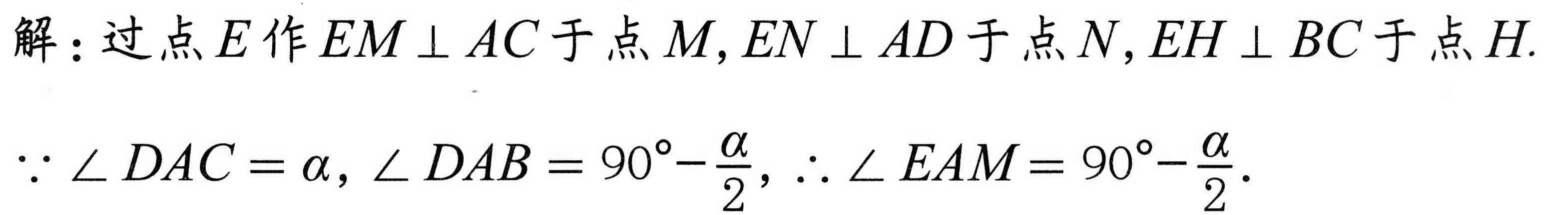
解：过点 \(E\) 作 \(EM\perp AC\) 于点 \(M,EN\perp AD\) 于点 \(N,EH\perp BC\) 于点 \(H\).
\(\because\angle DAC=\alpha,\angle DAB = 90^{\circ}-\dfrac{\alpha}{2},\therefore\angle EAM=90^{\circ}-\dfrac{\alpha}{2}.\)